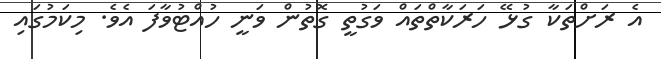
އެ ރަށްތަކާ ގުޅޭ ހަރަކާތްތައް ވަގުތީ ގޮތުން ވަނީ ހުއްޓުވާފަ އެވެ. މިކަމުގައި